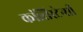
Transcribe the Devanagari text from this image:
कांसिस्टेन्सी